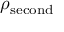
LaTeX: \rho _ { \mathrm { s e c o n d } }